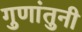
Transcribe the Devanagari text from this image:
गुणांतुनी